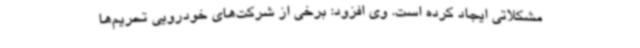
مشکلاتی ایجاد کرده است. وی افزود: برخی از شرکت‌های خودرویی تحریم‌ها